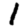
Digit: 1